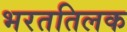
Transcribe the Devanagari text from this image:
भरततिलक